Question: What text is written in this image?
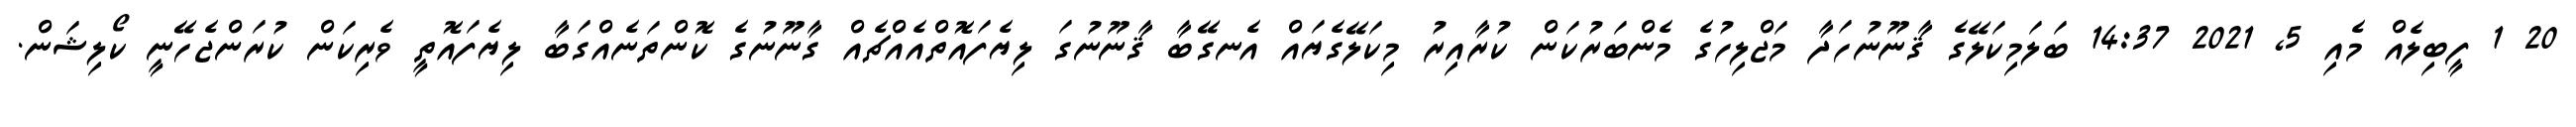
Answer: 20 1 ފީބިލެއް މެއި 5, 2021 14:37 ބަލަމިކަލޭގެ ޤާނޫނުހަދާ މަޖްލިހުގެ މެންބަރުކަން ކުރާއިރު މިކަލޭގެޔައް އެނގޭބާ ޤާނޫނުގަ ލިޔެފައޮތްއެއްޗެއް ގާނޫނުގެ ކޮންތަނެއްގަބާ ލިޔެފައޮތީ ވެރިކަން ކުރަންޖެހޭނީ ކޯލިޝަން.